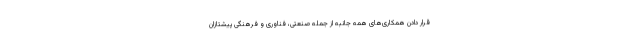
قرار دادن همکاری­های همه جانبه از جمله صنعتی، فناوری و فرهنگی پیشتازان